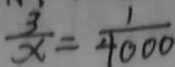
\frac { 3 } { x } = \frac { 1 } { 4 0 0 0 }